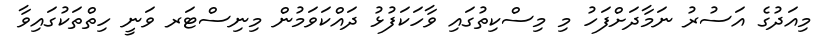
މިއަދުގެ އަސުރު ނަމާދަށްފަހު މި މިސްކިތުގައި ވާހަކަފުޅު ދައްކަވަމުން މިނިސްޓަރ ވަނީ ހިތްތަކުގައިވާ